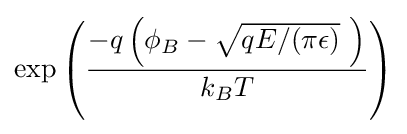
\exp \left({\frac {-q\left(\phi _{B}-{\sqrt {qE/(\pi \epsilon )}}\ \right)}{k_{B}T}}\right)